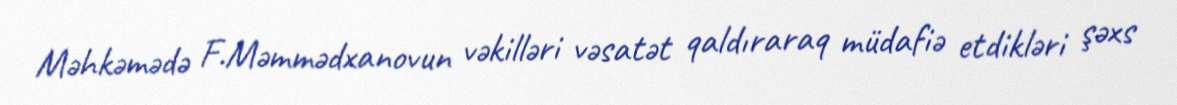
Məhkəmədə F.Məmmədxanovun vəkilləri vəsatət qaldıraraq müdafiə etdikləri şəxs